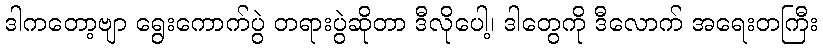
ဒါကတော့ဗျာ ရွေးကောက်ပွဲ တရားပွဲဆိုတာ ဒီလိုပေါ့၊ ဒါတွေကို ဒီလောက် အရေးတကြီး